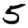
Digit: 5